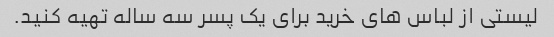
لیستی از لباس های خرید برای یک پسر سه ساله تهیه کنید.